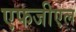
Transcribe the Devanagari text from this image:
एफजीएल